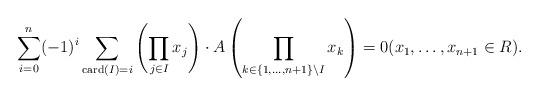
LaTeX: \begin{align*} \sum_{i=0}^{n}(-1)^i\sum_{\mathrm{card}(I)=i}\left(\prod_{j\in I}x_{j}\right)\cdot A\left(\prod_{k\in \left\{1, \ldots, n+1\right\}\setminus I}x_{k}\right)=0 (x_{1}, \ldots, x_{n+1}\in R). \end{align*}